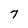
Character: 7